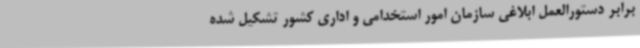
برابر دستورالعمل ابلاغی سازمان امور استخدامی و اداری کشور تشکیل شده